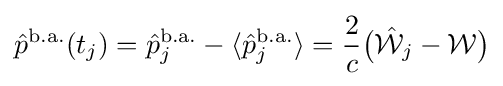
{\hat {p}}^{\mathrm {b.a.} }(t_{j})={\hat {p}}_{j}^{\mathrm {b.a.} }-\langle {\hat {p}}_{j}^{\mathrm {b.a.} }\rangle ={\frac {2}{c}}{\bigl (}{\hat {\mathcal {W}}}_{j}-{\mathcal {W}}{\bigr )}